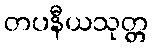
တပနီယသုတ္တ